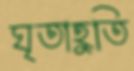
ঘৃতাহুতি